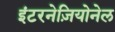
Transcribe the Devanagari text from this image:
इंटरनेज़ियोनेल